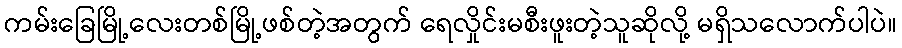
ကမ်းခြေမြို့လေးတစ်မြို့ဖစ်တဲ့အတွက် ရေလှိုင်းမစီးဖူးတဲ့သူဆိုလို့ မရှိသလောက်ပါပဲ။